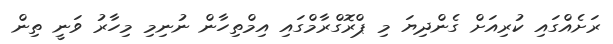
ރަށެއްގައި ކުރިއަށް ގެންދިޔަ މި ޕްރޮގްރާމްގައި އިމްތިހާން ނުނިމި މިހާރު ވަނީ ތިން